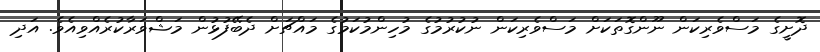
ދޮށީގެ މަސްވެރިކަން ނޫންގޮތަކަށް މަސްވެރިކަން ނުކުރުމުގެ މުހިންމުކަމުގެ މައްޗަށް ދެބޭފުޅުން މަޝްވަރާކުރެއްވިއެވެ. އަދި